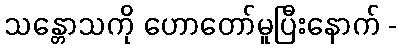
သန္တောသကို ဟောတော်မူပြီးနောက် -